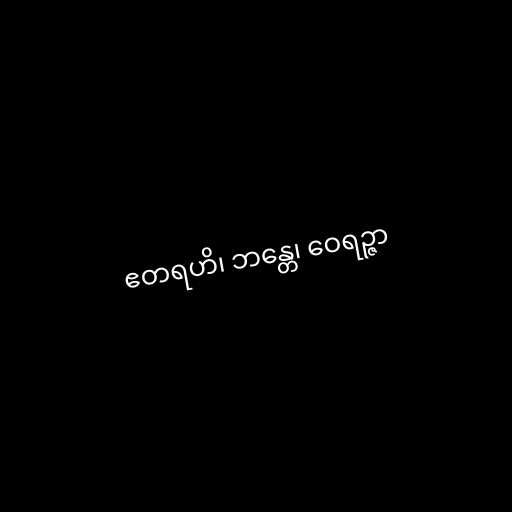
ဧတရဟိ၊ ဘန္တေ၊ ဝေရဉ္ဇာ